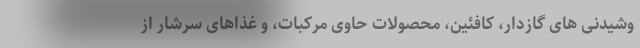
وشیدنی های گازدار، کافئین، محصولات حاوی مرکبات، و غذاهای سرشار از